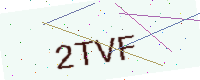
Text: 2TVF